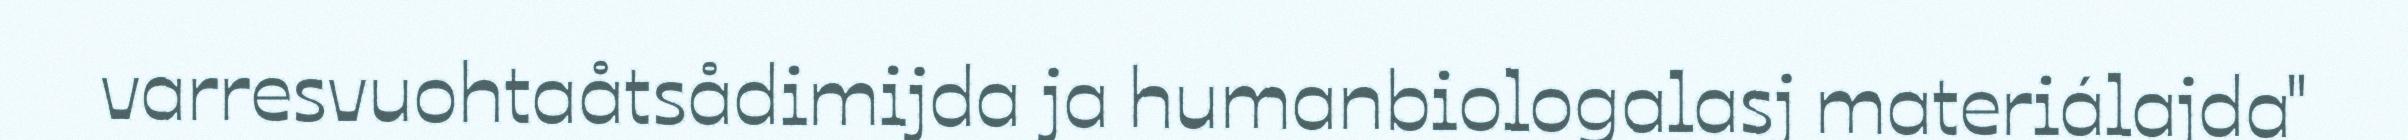
varresvuohtaåtsådimijda ja humanbiologalasj materiálajda"